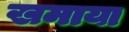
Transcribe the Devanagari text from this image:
खमाया